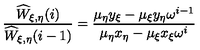
\frac { \widehat { W } _ { \xi , \eta } ( i ) } { \widehat { W } _ { \xi , \eta } ( i - 1 ) } = \frac { \mu _ { \eta } y _ { \xi } - \mu _ { \xi } y _ { \eta } \omega ^ { i - 1 } } { \mu _ { \eta } x _ { \eta } - \mu _ { \xi } x _ { \xi } \omega ^ { i } } \nonumber